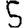
Digit: 5